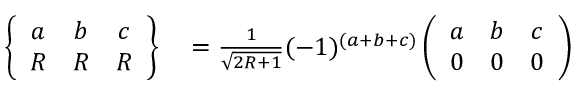
\begin{array} { r l } { \left\{ \begin{array} { c c c } { a } & { b } & { c } \\ { R } & { R } & { R } \end{array} \right\} } & { { } = \frac { 1 } { \sqrt { 2 R + 1 } } ( - 1 ) ^ { ( a + b + c ) } \left( \begin{array} { c c c } { a } & { b } & { c } \\ { 0 } & { 0 } & { 0 } \end{array} \right) } \end{array}